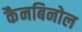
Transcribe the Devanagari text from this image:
कैनबिनोल